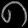
Digit: ၈